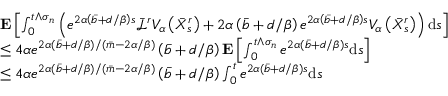
\begin{array} { r l } & { \mathbf { E } \left[ \int _ { 0 } ^ { t \wedge \sigma _ { n } } \left( e ^ { 2 \alpha \left( \Bar { b } + d / \beta \right) s } \Bar { \mathcal { L } } ^ { r } V _ { \alpha } \left( \Bar { X } _ { s } ^ { r } \right) + 2 \alpha \left( \Bar { b } + d / \beta \right) e ^ { 2 \alpha \left( \Bar { b } + d / \beta \right) s } V _ { \alpha } \left( \Bar { X } _ { s } ^ { r } \right) \right) \mathrm { d } s \right] } \\ & { \le 4 \alpha e ^ { 2 \alpha ( \Bar { b } + d / \beta ) / ( \Bar { m } - 2 \alpha / \beta ) } \left( \Bar { b } + d / \beta \right) \mathbf { E } \left[ \int _ { 0 } ^ { t \wedge \sigma _ { n } } e ^ { 2 \alpha \left( \Bar { b } + d / \beta \right) s } \mathrm { d } s \right] } \\ & { \le 4 \alpha e ^ { 2 \alpha ( \Bar { b } + d / \beta ) / ( \Bar { m } - 2 \alpha / \beta ) } \left( \Bar { b } + d / \beta \right) \int _ { 0 } ^ { t } e ^ { 2 \alpha \left( \Bar { b } + d / \beta \right) s } \mathrm { d } s } \end{array}